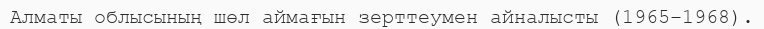
Алматы облысының шөл аймағын зерттеумен айналысты (1965–1968).